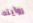
روايته